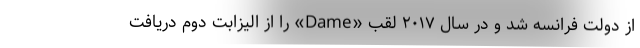
از دولت فرانسه شد و در سال ۲۰۱۷ لقب «Dame» را از الیزابت دوم دریافت